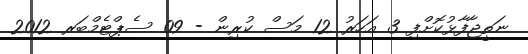
ނަތީޖާފާޅުކޮށްފި 3 އަހަރު 12 މަސް ކުރިން - 09 ސެޕްޓެމްބަރ 2012